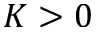
K > 0